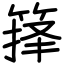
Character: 箨